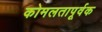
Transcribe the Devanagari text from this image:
कोमलतापूर्वक